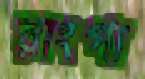
রাংগা